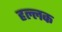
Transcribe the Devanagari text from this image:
हल्लक